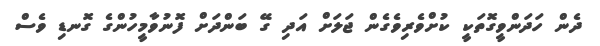
ދެން ހަދަންވީގޮތަކީ ކުށްވެރިވެގެން ޖަލަށް އަދި ގޭ ބަންދަށް ފޮނުވާމީހުންގެ ގޮނޑި ވެސް